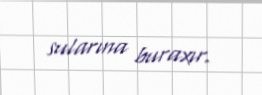
sularına buraxır.